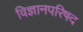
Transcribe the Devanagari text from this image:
विज्ञानपरिषद